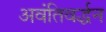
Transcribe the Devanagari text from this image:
अवंतिवर्द्धन